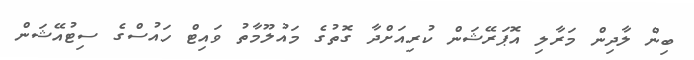
ބިން ލާދިން މަރާލި އޮޕަރޭޝަން ކުރިއަށްދާ ގޮތުގެ މައުލޫމާތު ވައިޓް ހައުސްގެ ސިޓުއޭޝަން